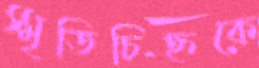
স্মৃতিচিহ্নকে